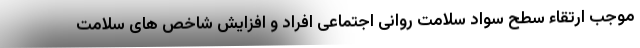
موجب ارتقاء سطح سواد سلامت روانی اجتماعی افراد و افزایش شاخص های سلامت